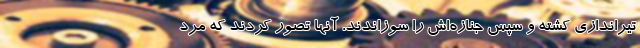
تیراندازی کشته و سپس جنازه‌اش را سوزاندند. آنها تصور کردند که مرد